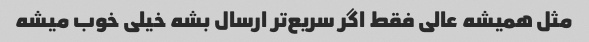
مثل همیشه عالی فقط اگر سریع‌تر ارسال بشه خیلی خوب میشه